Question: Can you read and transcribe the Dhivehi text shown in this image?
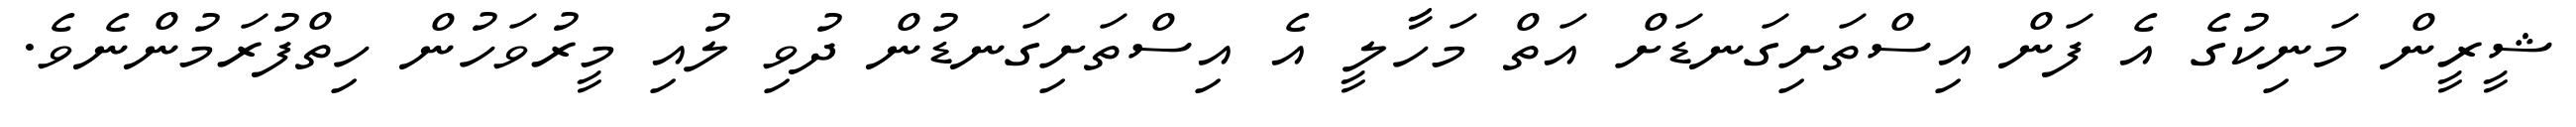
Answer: ޝީރީން މަނިކުގެ އެ ފަން އިސްތަށިގަނޑަށް އަތް މަހާލީ އެ އިސްތަށިގަނޑުން ދުވި ލުއި މީރުވަހުން ހިތްފުރަމުންނެވެ.